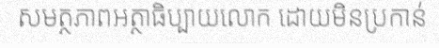
សមត្ថភាពអត្ថាធិប្បាយលោក ដោយមិនប្រកាន់